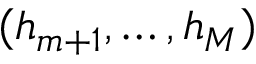
( h _ { m + 1 } , \hdots , h _ { M } )